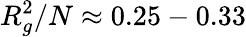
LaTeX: R_{g}^{2}/N\approx 0.25-0.33